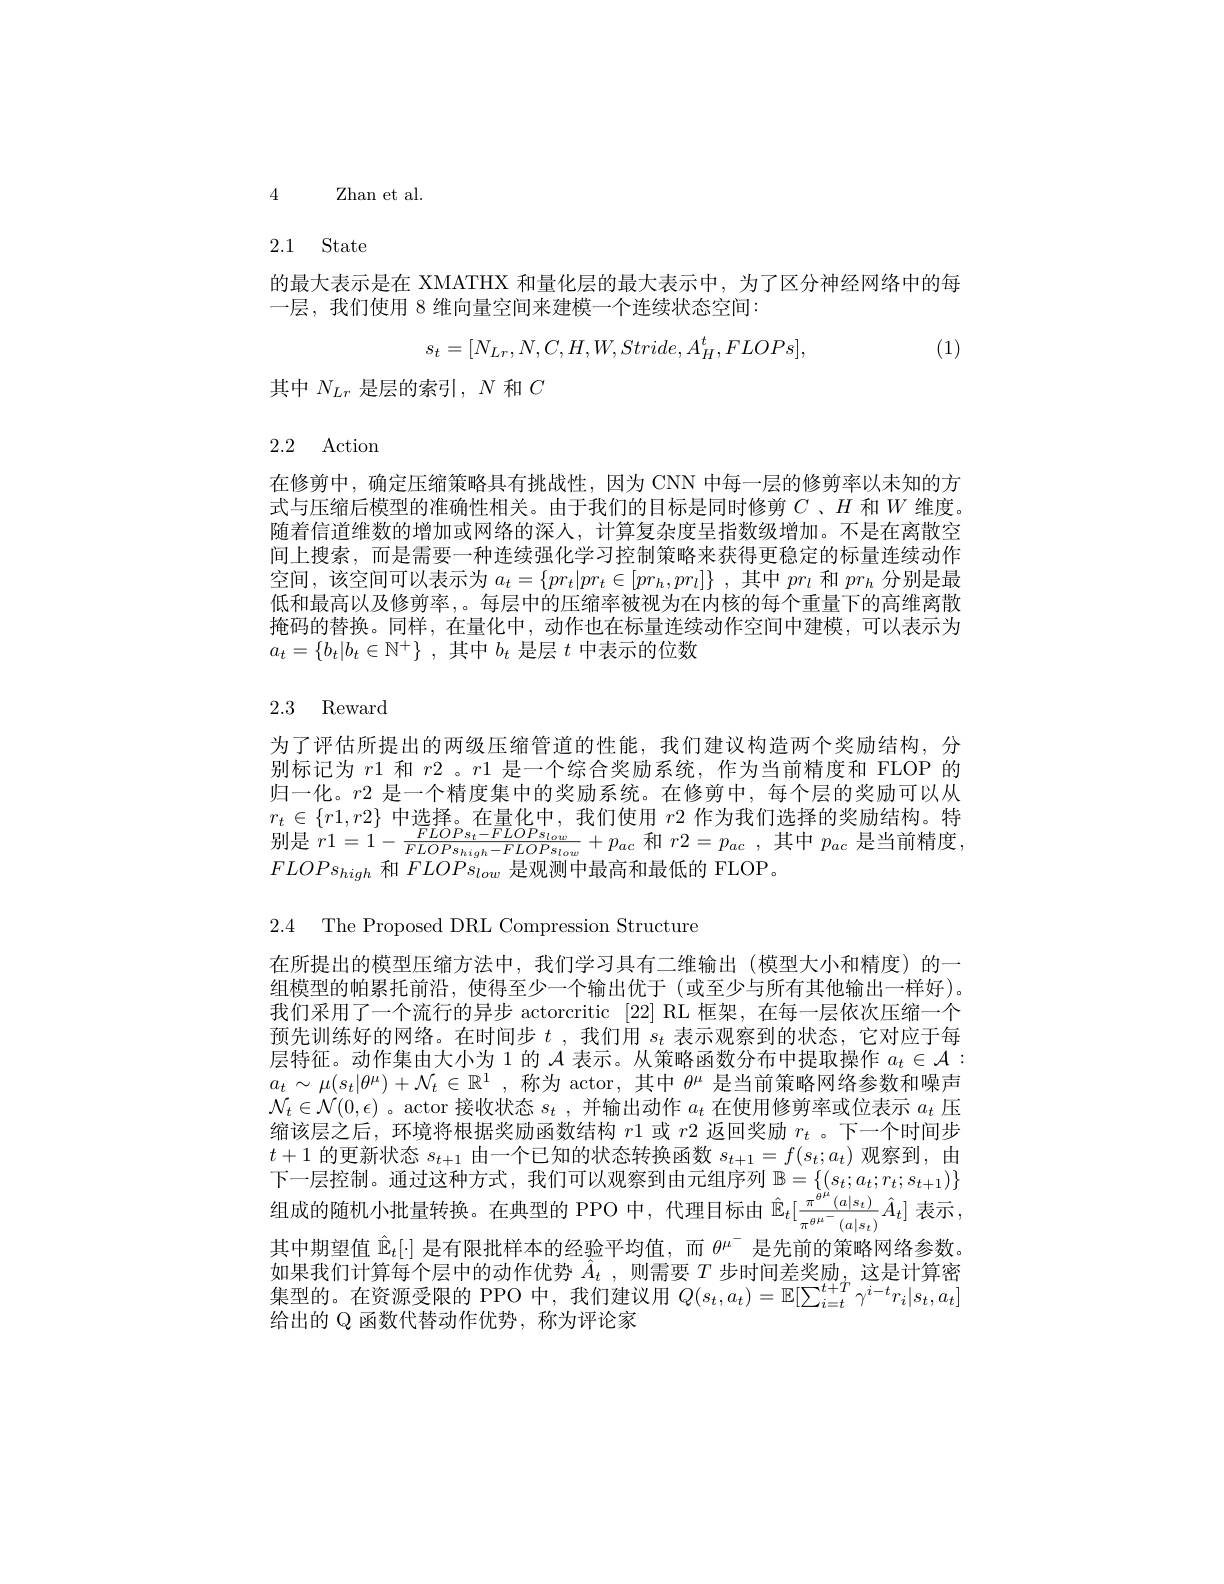
4

$Z$han et al.

# 2.1 State

的最大表示是在 XMATHX 和量化层的最大表示中，为了区分神经网络中的每
一层，我们使用 8 维向量空间来建模一个连续状态空间：
$$s_t=[N_{Lr},N,C,H,W,Stride,A_H^t,FLOPs],$$
(1)

其中$N_{Lr}$是层的索引$,N$和$C$

# 2.2 Action

在修剪中，确定压缩策略具有挑战性，因为 CNN 中每一层的修剪率以未知的方式与压缩后模型的准确性相关。由于我们的目标是同时修剪$C$ 、$H$和$W$维度。随着信道维数的增加或网络的深人，计算复杂度呈指数级增加。不是在离散空间上搜索，而是需要一种连续强化学习控制策略来获得更稳定的标量连续动作空间，该空间可以表示为$a_t=\{pr_t|pr_t\in[pr_h,pr_l]\}$ ,其中$pr_l$和$pr_h$分别是最低和最高以及修剪率，。每层中的压缩率被视为在内核的每个重量下的高维离散掩码的替换。同样，在量化中，动作也在标量连续动作空间中建模，可以表示为$a_t= \{ b_t| b_t\in \mathbb{N} ^+ \}$ ,其中$b_t$是层$t$中表示的位数

# 2.3 Reward

为了评估所提出的两级压缩管道的性能，我们建议构造两个奖励结构，分别标记为$r$1 和$r$2 。$r$1 是一个综合奖励系统，作为当前精度和 FLOP 的归一化。$r$2 是一个精度集中的奖励系统。在修剪中，每个层的奖励可以从$r_t\in\{r1,r2\}\underset{EUOB}{\operatorname*{\text{中选择。在量化中，我们使用 }r2}}$作为我们选择的奖励结构。特别是$r1=1-\frac{FLOPs_{t}-FLOPs_{low}}{FLOPs_{high}-FLOPs_{low}}+p_{ac}$和$r2=p_{ac}$,其中$p_ac$是当前精度$FLOPs_{high}$和$FLOPs_{low}$是观测中最高和最低的 FLOP。

2.4 The Proposed DRL Compression Structure
在所提出的模型压缩方法中，我们学习具有二维输出(模型大小和精度)的一组模型的帕累托前沿，使得至少一个输出优于(或至少与所有其他输出一样好)。我们采用了一个流行的异步 actorcritic [22] RL 框架，在每一层依次压缩一个预先训练好的网络。在时间步$t$ ,我们用$s_t$表示观察到的状态，它对应于每层特征。动作集由大小为 1 的$\mathcal{A}$表示。从策略函数分布中提取操作$a_t\in\mathcal{A}:$ $a_t\sim\mu(s_t|\theta^\mu)+\mathcal{N}_t\in\mathbb{R}^1$,称为 actor, 其中$\theta^\mu$是当前策略网络参数和噪声$\mathcal{N}_{t}\in\mathcal{N}(0,\epsilon)$ 。actor 接收状态$s_t$ ,并输出动作$a_t$在使用修剪率或位表示$a_t$压缩该层之后，环境将根据奖励函数结构$r$1 或$r$2 返回奖励$r_t$ 。下一个时间步$t+1$的更新状态$s_t+1$由一个已知的状态转换函数$s_t+1=f(s_t;a_t)$观察到，由下一层控制。通过这种方式，我们可以观察到由元组序列$\mathbb{B}=\{(s_t;a_t;r_t;s_{t+1})\}$ 组成的随机小批量转换。在典型的 PPO 中，代理目标由$\hat{\mathbb{E}}_t[\frac{\pi^{\hat{\varphi}\mu}(a|s_t)}{\pi^{\theta\mu^-}(a|s_t)}\hat{A}_t]$表示其中期望值$\hat{\mathbb{E}}_t[\cdot]$是有限批样本的经验平均值，而$\theta^\mathrm{\mu^-}$是先前的策略网络参数。如果我们计算每个层中的动作优势$\hat{A} _t$ , 则需要$T$步时间差奖励，这是计算密集型的。在资源受限的 PPO 中，我们建议用$Q(s_t,a_t)=\mathbb{E}[\sum_{i=t}^{t+T}\gamma^{i-t}r_i|s_t,a_t]$ 给出的 Q 函数代替动作优势，称为评论家